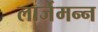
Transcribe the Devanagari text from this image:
लार्जेमन्न